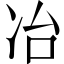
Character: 冶